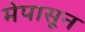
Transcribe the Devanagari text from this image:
मेपासून